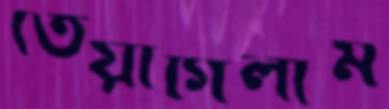
তেয়াগিলাম